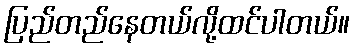
ပြည်တည်နေတယ်လို့ထင်ပါတယ်။